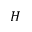
H